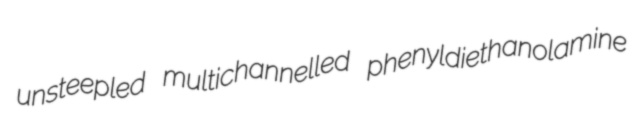
unsteepled multichannelled phenyldiethanolamine